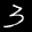
Label: 3